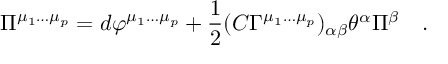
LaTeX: \Pi ^ { \mu _ { 1 } \dots \mu _ { p } } = d \varphi ^ { \mu _ { 1 } \dots \mu _ { p } } + { \frac { 1 } { 2 } } ( C \Gamma ^ { \mu _ { 1 } \dots \mu _ { p } } ) _ { \alpha \beta } \theta ^ { \alpha } \Pi ^ { \beta } \quad .